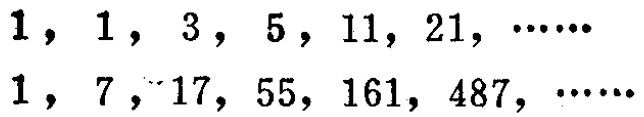
$1,1,3,5,11,21,\cdots\cdots$
$1,7,17,55,161,487,\cdots\cdots$